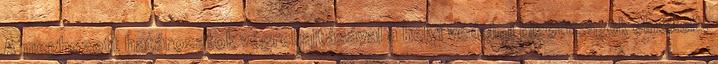
A meghozott határozatok végrehajtásával a helyi védelmi bizottságok elnökeit,